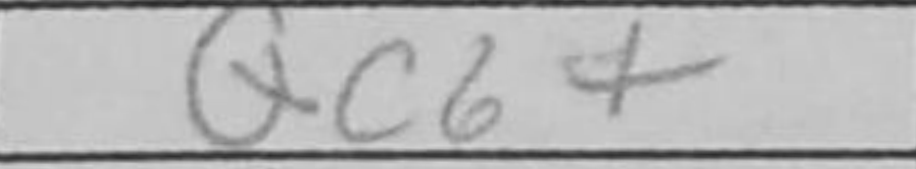
Transcription: Qc6+